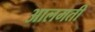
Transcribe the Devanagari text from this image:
आलमती